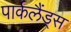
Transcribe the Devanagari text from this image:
पार्कलैंड्स